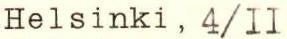
Helsinki, 4/II